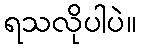
ရသလိုပါပဲ။